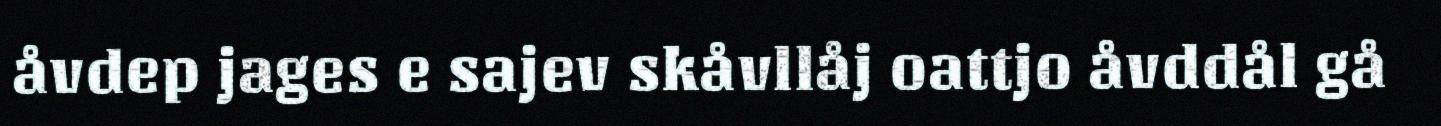
åvdep jages e sajev skåvllåj oattjo åvddål gå